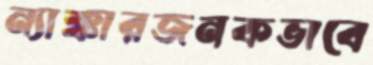
ন্যাক্কারজনকভাবে